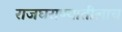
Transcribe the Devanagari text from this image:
राजघराण्यातीलाच